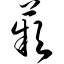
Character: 苹